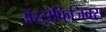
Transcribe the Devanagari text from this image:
अॅस्ट्रोफिजिक्स